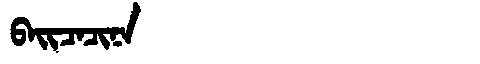
Manchu: ᠪᠠᡳᠴᠠᠴᡳᠨᠠ
Romanization: BAICACINA